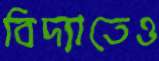
বিদ্যাতেও